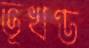
ভূখণ্ড